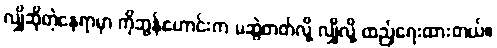
လျှိုဆိုတဲ့နေရာမှာ ကိုဘွန်ဟောင်းက မဆွဲတတ်လို့ လျှိုလို့ ထည့်ရေးထားတယ်။